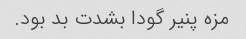
مزه پنیر گودا بشدت بد بود.